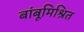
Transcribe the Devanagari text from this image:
बांबूमिश्रित